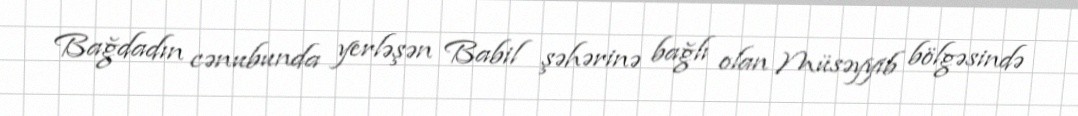
Bağdadın cənubunda yerləşən Babil şəhərinə bağlı olan Müsəyyib bölgəsində